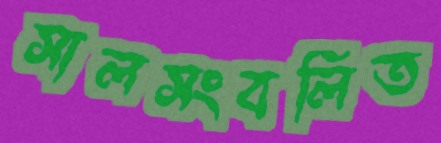
সালসংবলিত